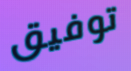
توفيق